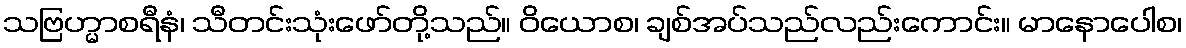
သဗြဟ္မာစရီနံ၊ သီတင်းသုံးဖော်တို့သည်။ ဝိယောစ၊ ချစ်အပ်သည်လည်းကောင်း။ မာနောပေါစ၊